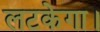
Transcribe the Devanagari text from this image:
लटकेगा।